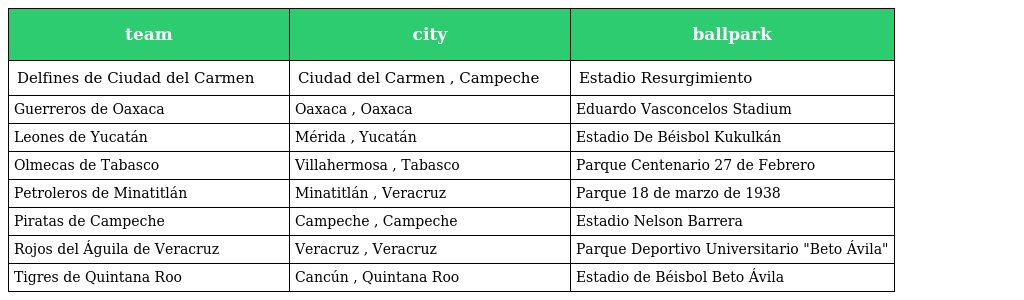
| team | city | ballpark |
 | --- | --- | --- |
 | Delfines de Ciudad del Carmen | Ciudad del Carmen , Campeche | Estadio Resurgimiento |
 | Guerreros de Oaxaca | Oaxaca , Oaxaca | Eduardo Vasconcelos Stadium |
 | Leones de Yucatán | Mérida , Yucatán | Estadio De Béisbol Kukulkán |
 | Olmecas de Tabasco | Villahermosa , Tabasco | Parque Centenario 27 de Febrero |
 | Petroleros de Minatitlán | Minatitlán , Veracruz | Parque 18 de marzo de 1938 |
 | Piratas de Campeche | Campeche , Campeche | Estadio Nelson Barrera |
 | Rojos del Águila de Veracruz | Veracruz , Veracruz | Parque Deportivo Universitario "Beto Ávila" |
 | Tigres de Quintana Roo | Cancún , Quintana Roo | Estadio de Béisbol Beto Ávila |